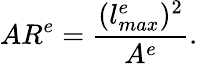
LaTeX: AR^{e}=\frac{(l_{max}^{e})^{2}}{A^{e}}.